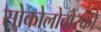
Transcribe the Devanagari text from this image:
सोकोलोवोस्को